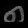
Digit: ၈